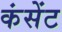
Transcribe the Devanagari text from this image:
कंसेंट